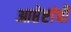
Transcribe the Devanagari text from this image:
आप्तेष्टांची